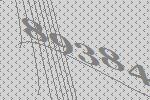
89384